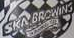
SKNBRCWING